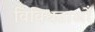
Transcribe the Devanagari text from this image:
विविधताओँ